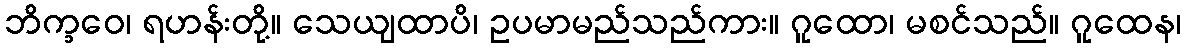
ဘိက္ခဝေ၊ ရဟန်းတို့။ သေယျထာပိ၊ ဥပမာမည်သည်ကား။ ဂူထော၊ မစင်သည်။ ဂူထေန၊